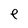
Character: e